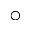
\bigcirc